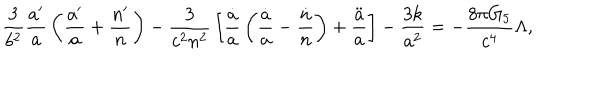
LaTeX: { \frac { 3 } { b ^ { 2 } } } { \frac { a ^ { \prime } } { a } } \left( { \frac { a ^ { \prime } } { a } } + { \frac { n ^ { \prime } } { n } } \right) - { \frac { 3 } { c ^ { 2 } n ^ { 2 } } } \left[ { \frac { \dot { a } } { a } } \left( { \frac { \dot { a } } { a } } - { \frac { \dot { n } } { n } } \right) + { \frac { \ddot { a } } { a } } \right] - { \frac { 3 k } { a ^ { 2 } } } = - { \frac { 8 \pi G _ { 5 } } { c ^ { 4 } } } \Lambda ,